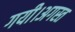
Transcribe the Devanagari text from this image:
गयी।अगस्त